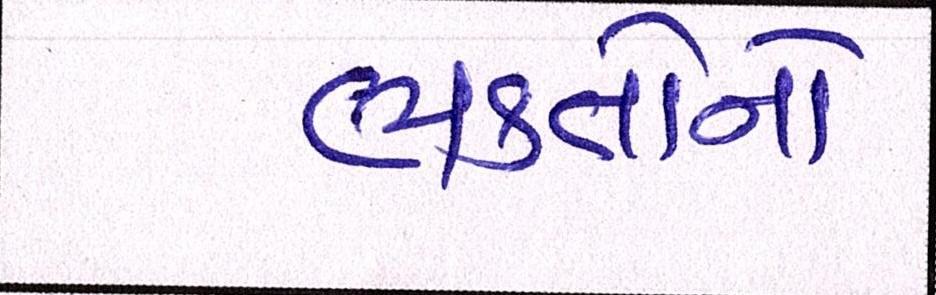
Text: ભક્તોનો